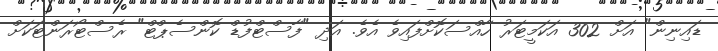
ޑައިނިން" އަށް 302 އަކަމީޓަރު ހާއްސަކޮށްފައިވެ އެވެ. އަދި "ފާސްޓްފުޑް ކޮންސެޕްޓް" ރެސްޓޯރަންޓަކަށް